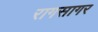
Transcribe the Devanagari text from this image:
रागसागर